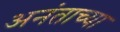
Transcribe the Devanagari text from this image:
अनंताच्या